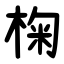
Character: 椈